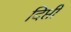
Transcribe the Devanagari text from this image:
दिप्ती